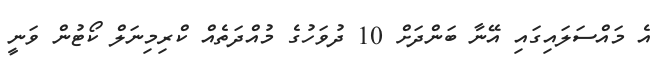
އެ މައްސަލައިގައި އޭނާ ބަންދަށް 10 ދުވަހުގެ މުއްދަތެއް ކްރިމިނަލް ކޯޓުން ވަނީ